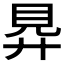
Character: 𧠋